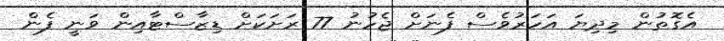
އެގޮތުން މިދިޔަ އަހަރުވެސް ފެނަށް ޖެހުނު 77 ރަށަކަށް ޑިޒާސްޓާއިން ވަނީ ފެން